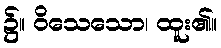
၌။ ဝိသေသော၊ ထူး၏။